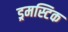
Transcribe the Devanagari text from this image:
ड्रमस्टिक